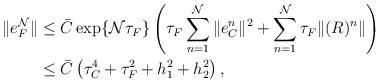
LaTeX: \begin{align*} \|e_F^{\mathcal{N}}\|&\leq \bar{C}\exp\{\mathcal{N}\tau_F\} \left(\tau_F\sum^{\mathcal{N}}_{n=1}\|e_C^n\|^2+ \sum^{\mathcal{N}}_{n=1}\tau_F\|(R)^{n}\|\right) \\ & \leq \bar{C}\left(\tau_C^4+\tau_F^2+h_1^2+h_2^2\right), \end{align*}